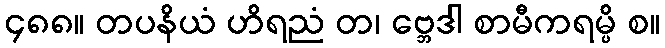
၄၈၈။ တပနိယံ ဟိရညံ တ၊ ဗ္ဘေဒါ စာမီကရမ္ပိ စ။